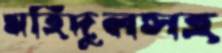
মহিদুলসহ